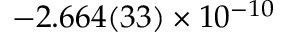
- 2 . 6 6 4 ( 3 3 ) \times 1 0 ^ { - 1 0 }